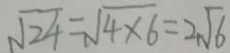
\sqrt { 2 4 } = \sqrt { 4 \times 6 } = 2 \sqrt { 6 }